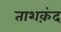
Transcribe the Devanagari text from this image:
ताशक़ंद